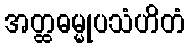
အတ္ထဓမ္မုပသံဟိတံ